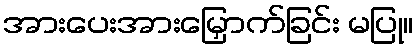
အားပေးအားမြှောက်ခြင်း မပြု။